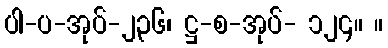
ပါ-ပ-အုပ်-၂၃၆၊ ဋ္ဌ-စ-အုပ်- ၁၂၄။ ။